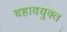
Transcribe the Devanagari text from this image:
बहावयुक्त